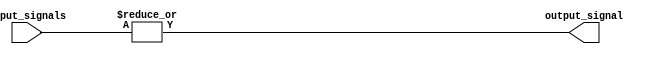
module OR_gate_16 (
    input [15:0] input_signals,
    output output_signal
);

assign output_signal = |input_signals; 

endmodule